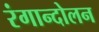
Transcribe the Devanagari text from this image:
रंगान्दोलन